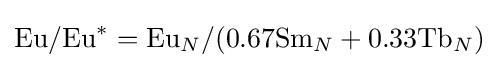
{\text{Eu}}/{\text{Eu}}^{*}={\text{Eu}}_{N}/(0.67{\text{Sm}}_{N}+0.33{\text{Tb}}_{N})